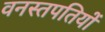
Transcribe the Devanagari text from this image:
वनस्तपतियों